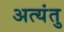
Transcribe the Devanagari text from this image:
अत्यंतु